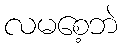
လမစေ့ဘဲ